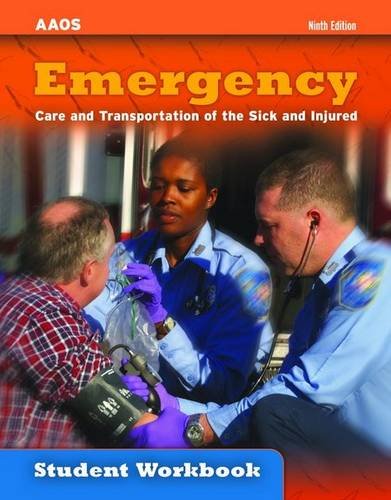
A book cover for Emergency: Care And Transportation Of The Sick And Injured (Student Workbook); Aaos; Medical Books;